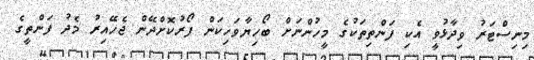
މިނިސްޓަރު ވިދާޅުވީ އެކި ފަންތިތަކުގެ މީހުންނަށް ބޯހިޔާވަހިކަން ފޯރުކޮށްދޭން ޖެހޭއިރު މެދު ފަންތީގެ